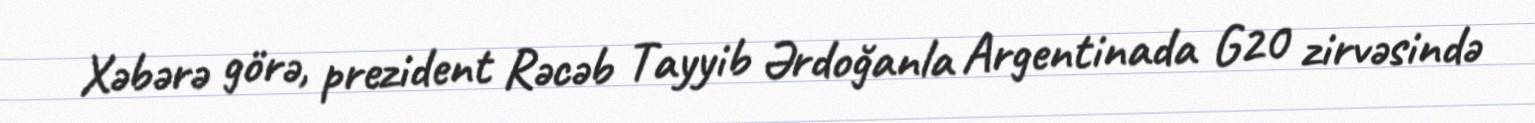
Xəbərə görə, prezident Rəcəb Tayyib Ərdoğanla Argentinada G20 zirvəsində